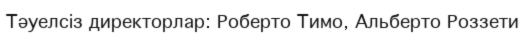
Тәуелсіз директорлар: Роберто Тимо, Альберто Роззети